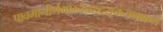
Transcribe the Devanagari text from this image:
पावमानीर्ममाग्नेचरुद्रसूक्तंयथाक्रमं